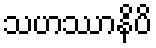
သဟဿာနိပိ